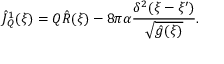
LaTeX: { \hat { J } _ { Q } ^ { 1 } } ( \xi ) = Q { \hat { R } } ( \xi ) - 8 \pi \alpha { \frac { { \delta ^ { 2 } } ( \xi - \xi ^ { \prime } ) } { \sqrt { \hat { g } ( \xi ) } } } .